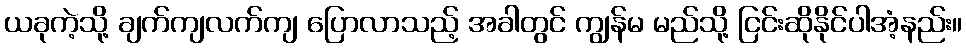
ယခုကဲ့သို့ ချက်ကျလက်ကျ ပြောလာသည့် အခါတွင် ကျွန်မ မည်သို့ ငြင်းဆိုနိုင်ပါအံ့နည်း။